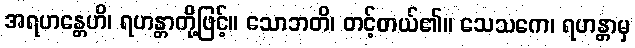
အရဟန္တေဟိ၊ ရဟန္တာတို့ဖြင့်။ သောဘတိ၊ တင့်တယ်၏။ သေသကေ၊ ရဟန္တာမှ